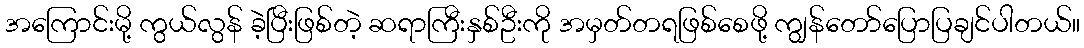
အကြောင်းမို့ ကွယ်လွန် ခဲ့ပြီးဖြစ်တဲ့ ဆရာကြီးနှစ်ဦးကို အမှတ်တရဖြစ်စေဖို့ ကျွန်တော်ပြောပြချင်ပါတယ်။